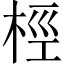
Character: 桱